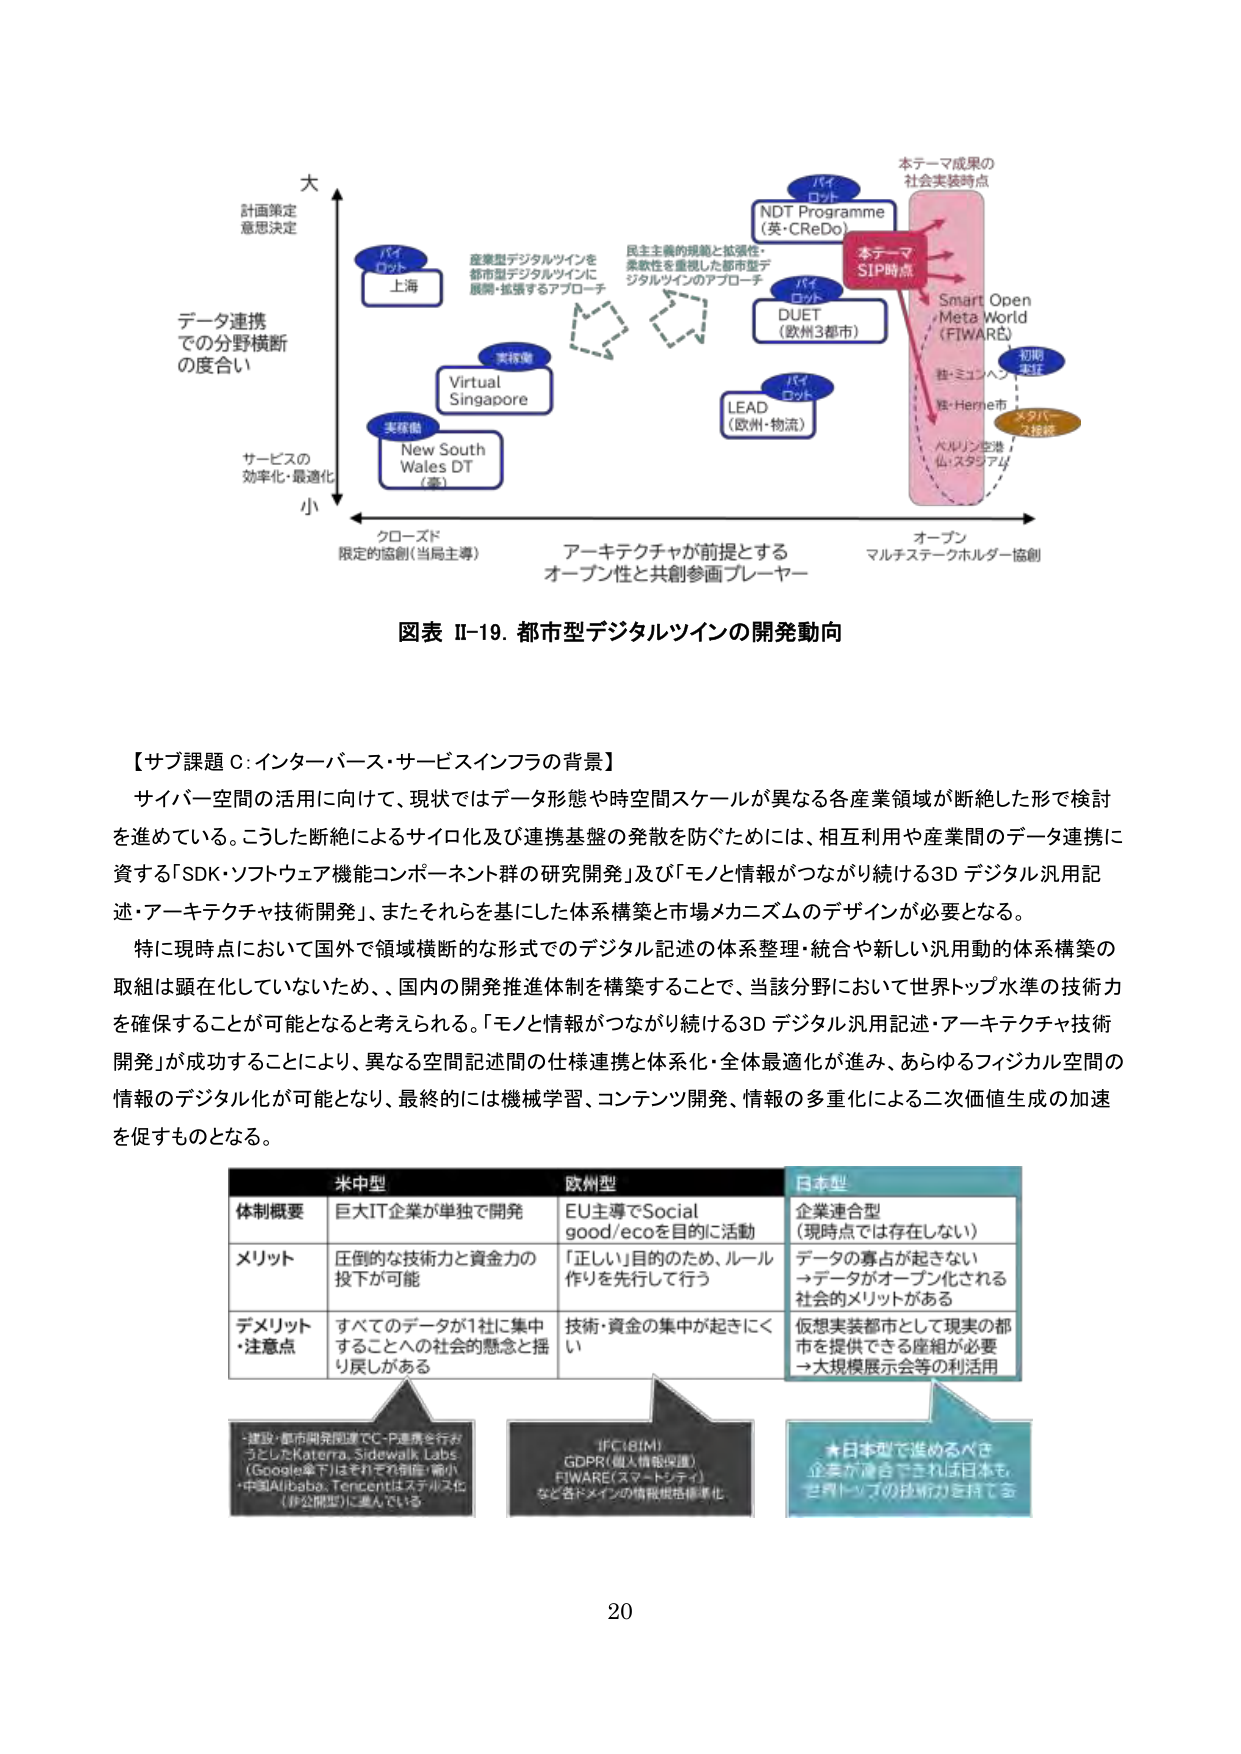
図表 II-19. 都市型デジタルツインの開発動向

【サブ課題 C: インターバース・サービスインフラの背景】
サイバー空間の活用に向けて、現状ではデータ形態や時空間スケールが異なる各産業領域が断絶した形で検討を進めている。こうした断絶によるサイロ化及び連携基盤の発散を防ぐためには、相互利用や産業間のデータ連携に資する「SDK・ソフトウェア機能コンポーネント群の研究開発」及び「モノと情報がつながり続ける3D デジタル汎用記述・アーキテクチャ技術開発」、またそれらを基にした体系構築と市場メカニズムのデザインが必要となる。

特に現時点において国外で領域横断的な形式でのデジタル記述の体系整理・統合や新しい汎用動的体系構築の取組は顕在化していないため、国内の開発推進体制を構築することで、当該分野において世界トップ水準の技術力を確保することが可能となると考えられる。「モノと情報がつながり続ける3D デジタル汎用記述・アーキテクチャ技術開発」が成功することにより、異なる空間記述間の仕様連携と体系化・全体最適化が進み、あらゆるフィジカル空間の情報のデジタル化が可能となり、最終的には機械学習、コンテンツ開発、情報の多重化による二次価値生成の加速を促すものとなる。

米中型　　　　　　　　欧州型　　　　　　　　日本型
体制概要　　巨大IT企業が単独で開発　　EU主導でSocial good/ecoを目的に活動　　企業連合型（現時点では存在しない）
メリット　　圧倒的な技術力と資金力の投下が可能　　「正しい」目的のため、ルール作りを先行して行う　　データの寡占が起きない→データがオープン化される社会的メリットがある
デメリット・注意点　すべてのデータが1社に集中することへの社会的懸念と揺り戻しがある　　技術・資金の集中が起きにくい　　仮想実装都市として現実の都市を提供できる座組が必要→大規模展示会等の利活用

・建設・都市開発関連でC-P連携を行おうとしたKaterra、Sidewalk Labs（Google傘下）はそれぞれ倒産・縮小
・中国Alibaba、Tencentはステルス化（非公開型）に進んでいる

「FC18IM」
GDPR（個人情報保護）
FIWARE（スマートシティ）
など各ドメインの情報規格標準化

★日本型で進めるべき
企業が連合できれば日本も世界トップの技術力を持てる

大
計画策定
意思決定

データ連携
での分野横断
の度合い

サービスの
効率化・最適化
小

クローズド
限定的協創（当局主導）

アーキテクチャが前提とする
オープン性と共創参画プレーヤー

オープン
マルチステークホルダー協創

パイロット
上海

産業型デジタルツインを
都市型デジタルツインに
展開・拡張するアプローチ

実稼働
Virtual
Singapore

実稼働
New South
Wales DT
（豪）

パイロット
NDT Programme
（英・CREDo）

民主主義的規範と拡張性・
柔軟性を重視した都市型デ
ジタルツインのアプローチ

パイロット
DUET
（欧州3都市）

パイロット
LEAD
（欧州・物流）

本テーマ
SIP時点

本テーマ成果の
社会実装時点

Smart Open
Meta World
（FIWARE）

初期
実証
独・ミュンヘン
仏・Herne市

スタバ
ス検証
ベルリン空港
仏・スタジアム

20